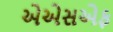
એએસએફ